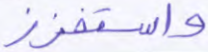
واستفزز